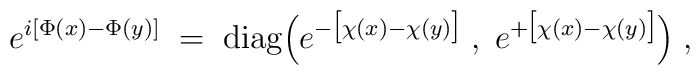
e^{i[\Phi(x) - \Phi(y) ]} \; = \; \mbox{diag} \Big(e^{ - \big[ \chi(x) - \chi(y) \big]} \; , \;e^{ + \big[ \chi(x) - \chi(y) \big]}\Big) \; ,